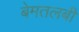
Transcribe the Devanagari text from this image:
बेमतलबी